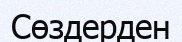
Сөздерден